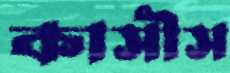
কাসীস